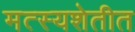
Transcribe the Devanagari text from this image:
मत्स्यशेतीत